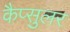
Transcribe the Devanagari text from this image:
कैप्सुलर